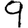
Digit: 9